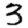
Digit: 3